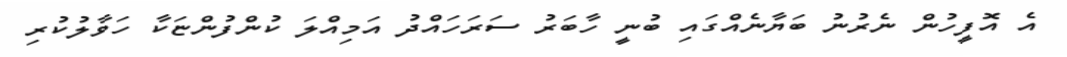
އެ އޮފީހުން ނެރުނު ބަޔާނެއްގައި ބުނީ ހާބަރު ސަރަހައްދު އަމިއްލަ ކުންފުންޏަކާ ހަވާލުކުރި